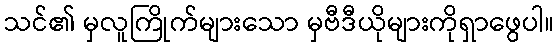
သင်၏ မှလူကြိုက်များသော မှဗီဒီယိုများကိုရှာဖွေပါ။